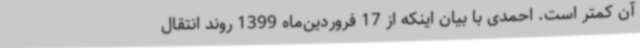
آن کمتر است. احمدی با بیان اینکه از 17 فروردین‌ماه 1399 روند انتقال